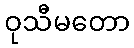
ဝုသီမတော